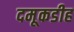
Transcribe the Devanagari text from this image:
दमूकडीह